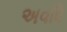
અવધિ